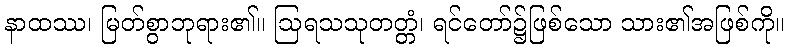
နာထဿ၊ မြတ်စွာဘုရား၏။ ဩရသသုတတ္တံ၊ ရင်တော်၌ဖြစ်သော သား၏အဖြစ်ကို။